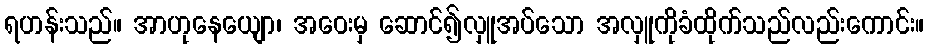
ရဟန်းသည်။ အာဟုနေယျော၊ အဝေးမှ ဆောင်၍လှူအပ်သော အလှူကိုခံထိုက်သည်လည်းကောင်း။